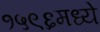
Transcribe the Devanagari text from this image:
१५९६मध्ये